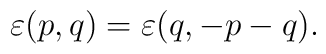
\varepsilon(p,q)=\varepsilon(q,-p-q).